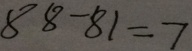
8 8 - 8 1 = 7